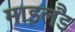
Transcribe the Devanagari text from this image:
माइलैंड